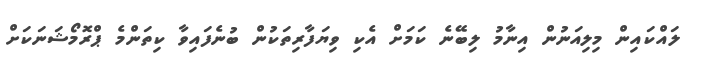
ލައްކައިން މިލިއަނުން އިނާމު ލިބޭނެ ކަމަށް އެކި ވިޔަފާރިތަކުން ބުނެފައިވާ ކިތަންމެ ޕްރޮމޯޝަނަކަށް